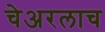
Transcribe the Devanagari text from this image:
चेअरलाच